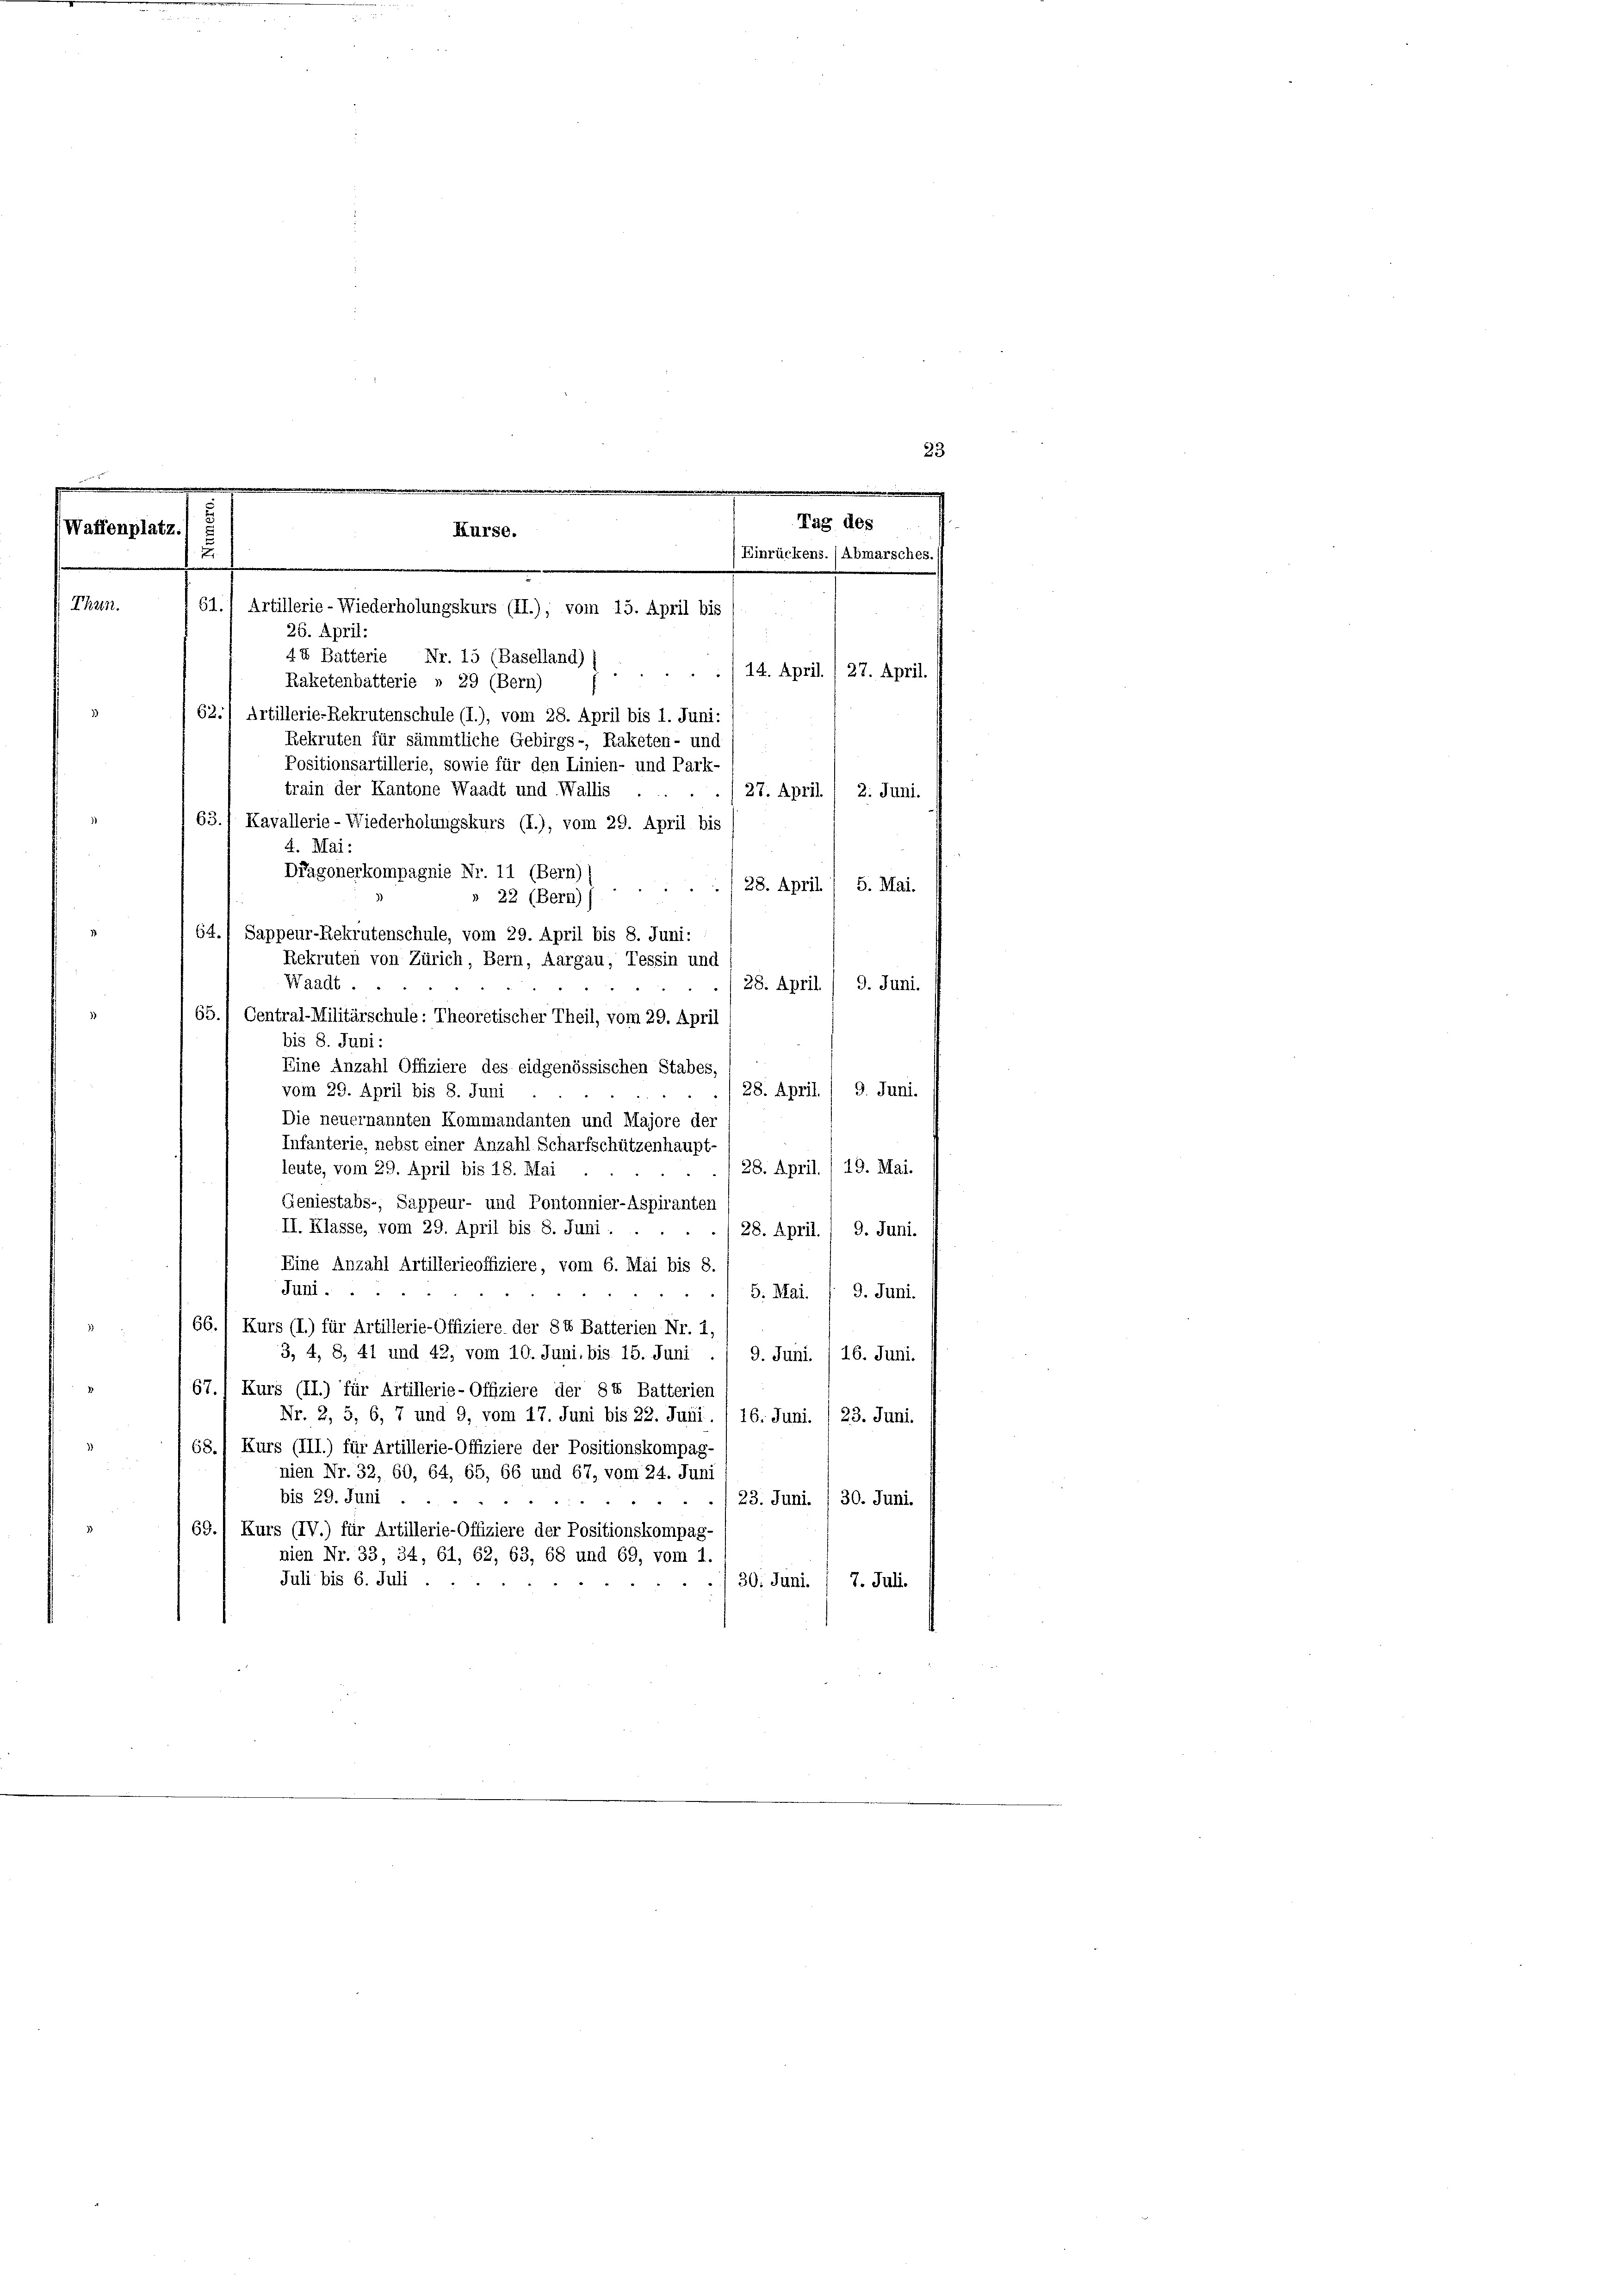
Waffenplatz. 5

23

.

Tag des
Kurse.
.
Einrückens. (Abmarsches.
n
.
Thun.
61.) Artillerie-Wiederholungskurs (II.), vom 15. April bis
26. April:

44 Batterie Nr. 15 (Baselland) s
14. April. / 27. April.
Raketenbatterie » 29 (Bern)
62.) Artillerie-Rekrutenschule (I.), vom 28. April bis 1. Juni:
Rekruten für sämmtliche Gebirgs-, Raketen- und
Positionsartillerie, sowie für den Linien- und Park-
train der Kantone Waadt und Wallis
/27. April ( 2. Juni.
63.) Kavallerie - Wiederholungskurs (I.), vom 29. April bis
4. Mai:
Dragonerkompagnie Nr. 11 (Bern),
28. April / 5. Mai.
» 22 (Bern))
64.) Sappeur-Rekrutenschule, vom 29. April bis 8. Juni:
Rekruten von Zürich, Bern, Aargau, Tessin und
Waadt.
28. April / 9. Juni.
65.) Central-Militärschule: Theoretischer Theil, vom 29. April
bis 8. Juni:
Eine Anzahl Offiziere des eidgenössischen Stabes,
28. April. 1 9. Juni.
vom 29. April bis 8. Juni
Die neuernannten Kommandanten und Majore der
Infanterie, nebst einer Anzahl Scharfschützenhaupt-
19. Mai.
leute, vom 29. April bis 18. Mai
28. April.
Geniestabs-, Sappeur- und Pontonnier-Aspiranten
II. Klasse, vom 29. April bis 8. Juni.
28. April. ( 9. Juni.
Eine Anzahl Artillerieoffiziere, vom 6. Mai bis 8.
Juni.
5. Mai. 1 9. Juni.
66.) Kurs (I.) für Artillerie-Offiziere der 84 Batterien Nr. 1,
3, 4, 8, 41 und 42, vom 10. Juni, bis 15. Juni ./ 9. Juni /16. Juni.
67
Kurs (II.) für Artillerie-Offiziere der 84 Batterien
Nr. 2, 5, 6, 7 und 9, vom 17. Juni bis 22. Juni. / 16. Juni. 1 23. Juni.
68.) Kurs (III.) für Artillerie-Offiziere der Positionskompagnien Nr. 32, 60, 64, 65, 66 und 67, vom 24. Juni
bis 29. Juni ....
23. Juni. / 30. Juni.
69.) Kurs (IV.) für Artillerie-Offiziere der Positionskompag-
nien Nr. 33, 34, 61, 62, 63, 68 und 69, vom 1
Juli bis 6. Juli . .
30. Juni. / 7. Juli.